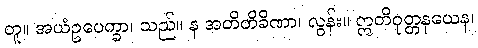
တူ။ အယံဥပေက္ခာ၊ သည်။ န အတိတိခိဏာ၊ လွန်း။ ဣတိဝုတ္တနယေန၊